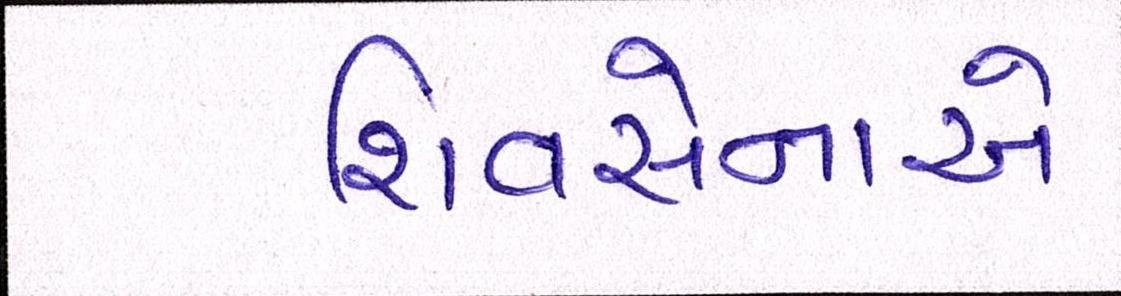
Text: શિવસેનાએ